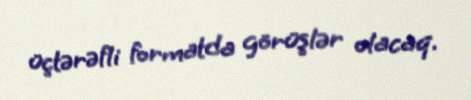
üçtərəfli formatda görüşlər olacaq.